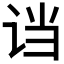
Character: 𬣭